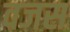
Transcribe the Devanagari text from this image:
वजस